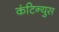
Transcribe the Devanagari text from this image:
कंटिन्युस